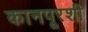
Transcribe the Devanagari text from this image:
कानपूरशी